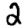
Digit: 2